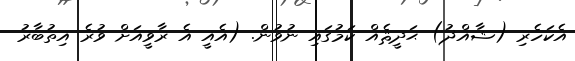
އެކަހެރި (ޝާއްޛު) ޙަދީޘެއް ކަމުގައި ނުވުން. (އެއީ އެ ރާވީއަށް ވުރެ އިތުބާރު